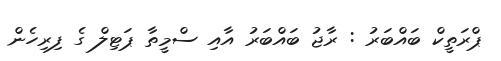
ޕްރަތީކް ބައްބަރު : ރާޖު ބައްބަރު އާއި ސްމީތާ ޕަޓިލް ގެ ފިރިހެން